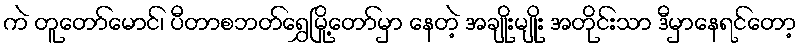
ကဲ တူတော်မောင်၊ ပီတာစဘတ်ရွှေမြို့တော်မှာ နေတဲ့ အချိုးမျိုး အတိုင်းသာ ဒီမှာနေရင်တော့